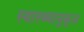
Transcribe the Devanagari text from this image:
स्वास्थ्यानुकूल